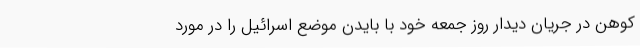
کوهن در جریان دیدار روز جمعه خود با بایدن موضع اسرائیل را در مورد